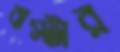
বাস্টার